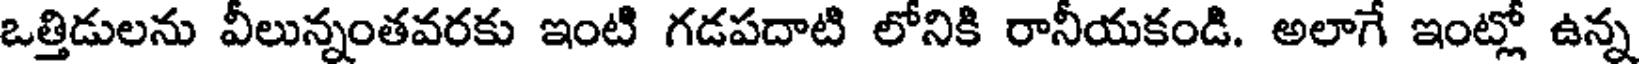
ఒత్తిడులను వీలున్నంతవరకు ఇంటి గడపదాటి లోనికి రానీయకండి. అలాగే ఇంట్లో ఉన్న